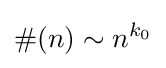
\#(n)\sim n^{k_{0}}